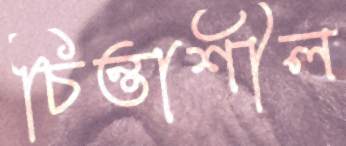
চিন্তাশীল